Lunatic asylums Central Provinces reports 1886-1894 - 1886-1894
Year: 1886
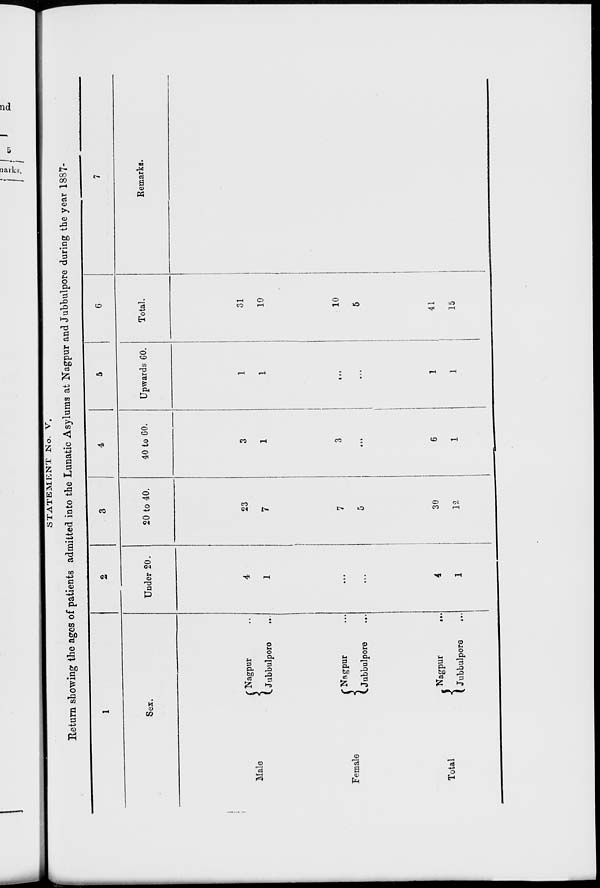
STATEMENT No. V.
Return showing the ages of patients admitted into the Lunatic Asylums at Nagpur and Jubbulpore during the year 1887-
1
Sex.
Male
Female
Total
Nagpur ...
Jubbulpore
...
Nagpur ...
Jubbulpore ...
Nagpur ...
Jubbulpore
...
2
Under 20.
4
1
...
...
4
1
3
20 to 40.
23
7
7
5
30
12
4
40 to 60.
3
1
3
...
6
1
5
Upwards 60.
1
1
...
...
1
1
6
Total.
31
10
10
5
41
15
7
Remarks.